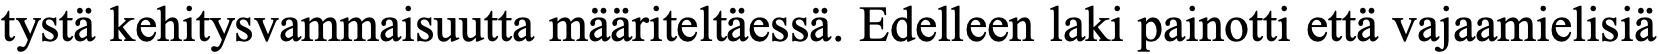
tystä kehitysvammaisuutta määriteltäessä. Edelleen laki painotti että vajaamielisiä